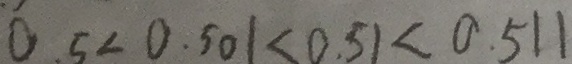
0 . 5 < 0 . 5 0 1 < 0 . 5 1 < 0 . 5 1 1